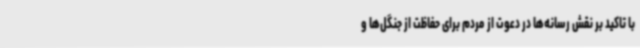
با تاکید بر نقش رسانه‌ها در دعوت از مردم برای حفاظت از جنگل‌ها و